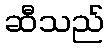
ဆီသည်